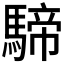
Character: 𩤢